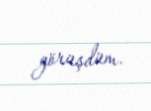
görüşdüm.